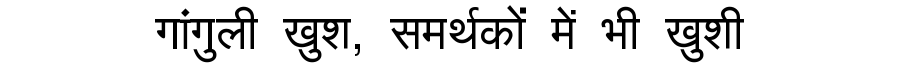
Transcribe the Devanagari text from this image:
गांगुली खुश, समर्थकों में भी खुशी